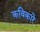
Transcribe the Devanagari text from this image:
कविकारे